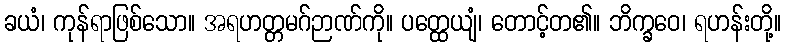
ခယံ၊ ကုန်ရာဖြစ်သော။ အရဟတ္တမဂ်ဉာဏ်ကို။ ပတ္ထေယျံ၊ တောင့်တ၏။ ဘိက္ခဝေ၊ ရဟန်းတို့။